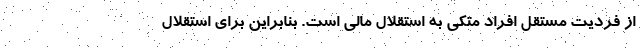
از فردیت مستقل افراد متکی به استقلال مالی است. بنابراین برای استقلال